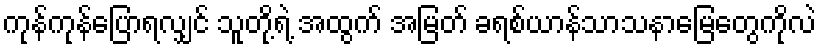
ကုန်ကုန်ပြောရလျှင် သူတို့ရဲ့ အထွက် အမြတ် ခရစ်ယာန်သာသနာမြေတွေကိုလဲ